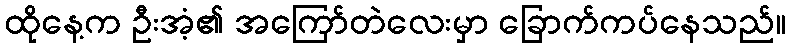
ထိုနေ့က ဦးအံ့၏ အကြော်တဲလေးမှာ ခြောက်ကပ်နေသည်။